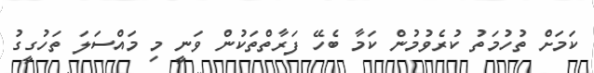
ކަމަށް ތުހުމަތު ކުރެވުމުން ކަމާ ބެހޭ ފަރާތްތަކުން ވަނީ މި މައްސަލަ ތަހުގީގު